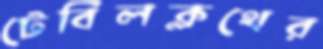
টেবিলক্লথের